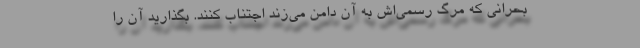
بحرانی که مرگ رسمی‌اش به آن دامن می‌زند اجتناب کنند. بگذارید آن را